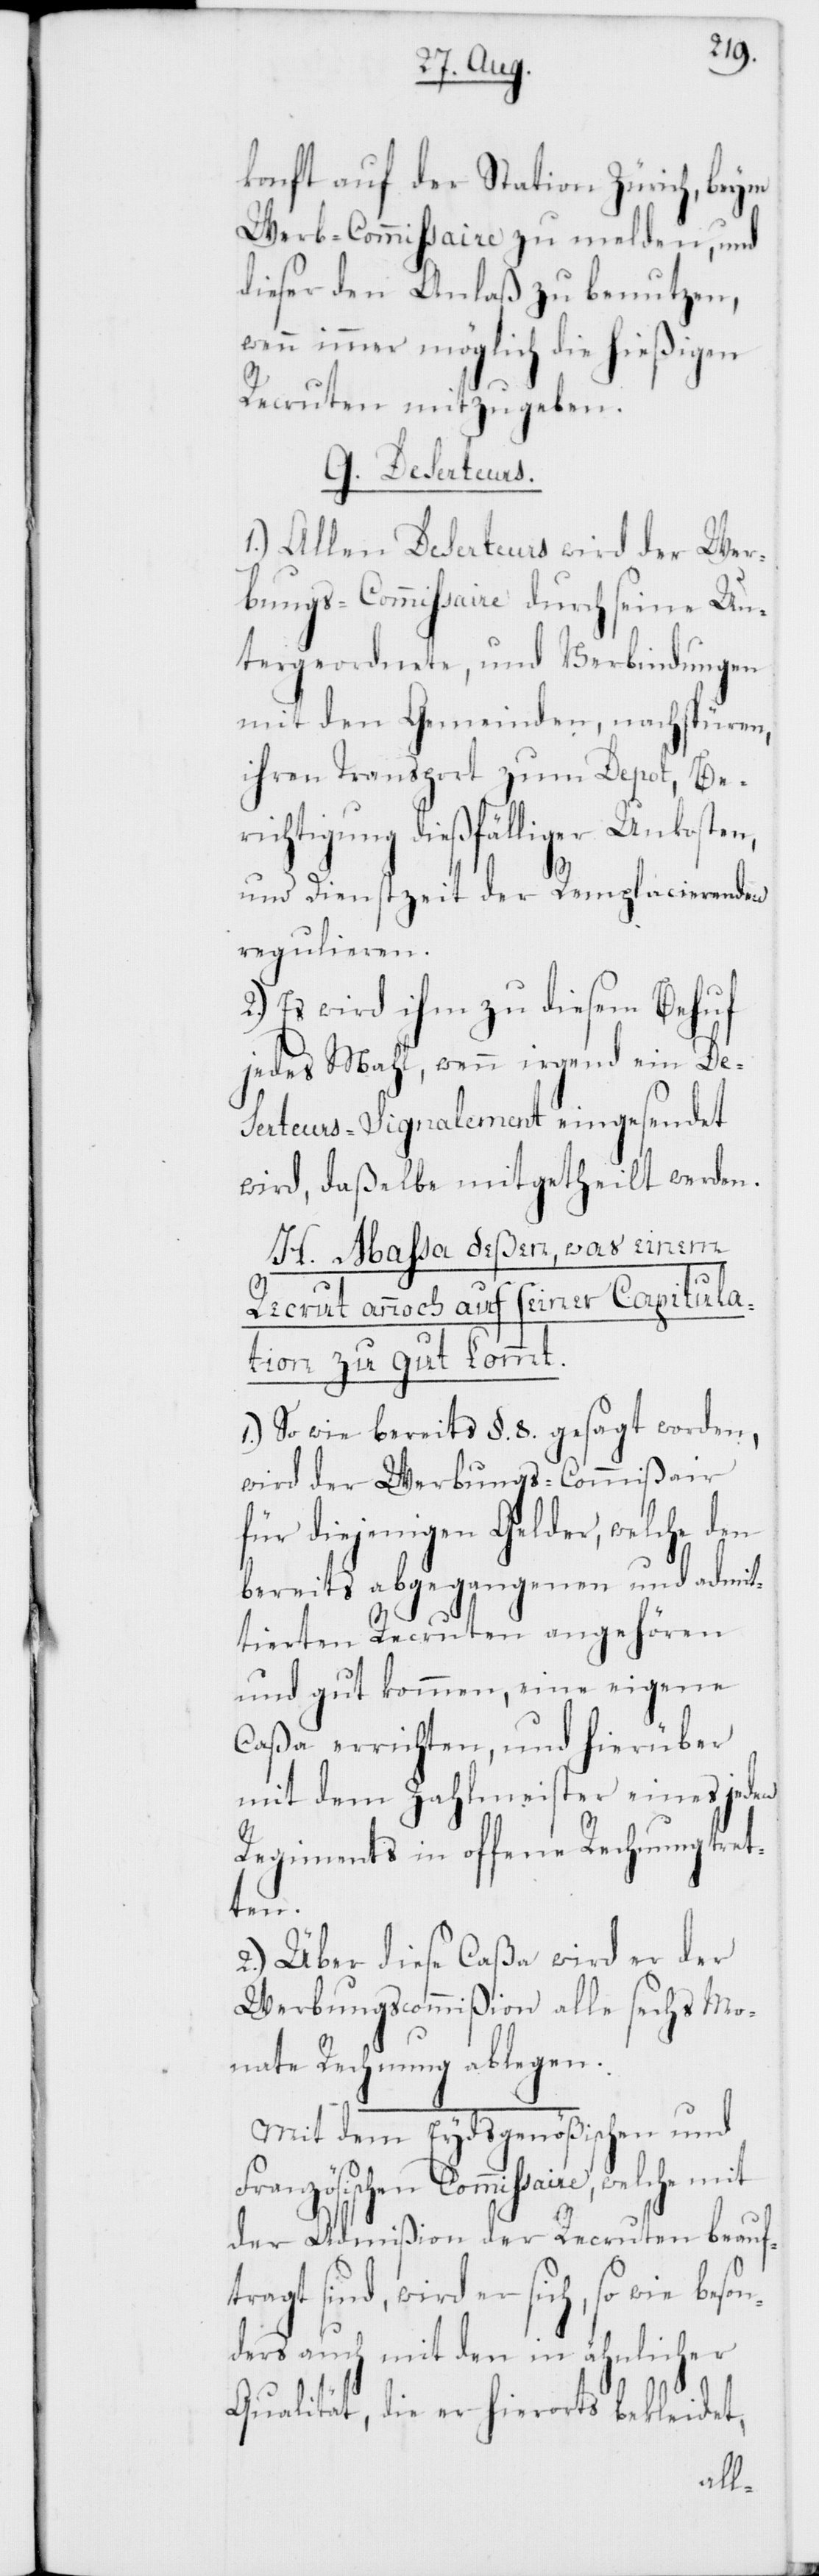
konft auf der Station Zürich, beim
Werb-Commissaire zu melden, und
dieser den Anlaß zu benutzen,
wenn immer möglich die hießigen
Recruten mitzugeben.
G. Deserteurs.
1.) Allen Deserteurs wird der Wer¬
bungs-Commissaire durch seine Un¬
tergeordnete, und Verbindungen
mit den Gemeinden, nachspüren,
ihren Transport zum Depot, Be¬
richtigung dießfälliger Unkosten,
und Dienstzeit der Remplacierenden
regulieren.
2.) Es wird ihm zu diesem Behuf
jedes Mahl, wenn irgend ein De¬
serteurs-Signalement eingesendet
wird, daßelbe mitgetheilt werden.
H. Massa deßen, was einem
Recrut annoch auf seiner Capitula¬
tion zugut kommt.
1.) So wie bereits §. 8. gesagt worden,
wird der Werbungs-Commißair
für diejenigen Gelder, welche den
bereits abgegangenen und admit¬
tierten Recruten angehören
und gut kommen, eine eigene
Caßa errichten, und hierüber
mit dem Zahlmeister eines jeden
Regiments in offene Rechnung tret¬
son¬
2.) Über diese Caßa wird er der
Werbungscommißion alle sechs Mo¬
nate Rechnung ablegen.
Mit dem Eydsgenößischen und
Französischen Commissair,
der Admißion der Recruten beauft¬
ragt sind, wird er sich, so wie be¬
ders auch mit den in ähnlicher
Qualität, die er hierorts bekleidet,